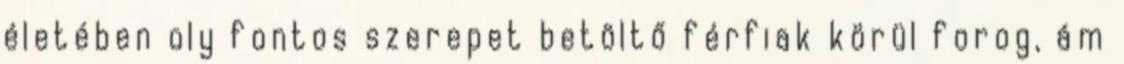
életében oly fontos szerepet betöltő férfiak körül forog, ám